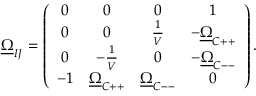
\underline { { { \Omega } } } _ { I J } = \left( \begin{array} { c c c c } { { 0 } } & { { 0 } } & { { 0 } } & { { 1 } } \\ { { 0 } } & { { 0 } } & { { \frac { 1 } { V } } } & { { - \underline { { { \Omega } } } _ { C + + } } } \\ { { 0 } } & { { - \frac { 1 } { V } } } & { { 0 } } & { { - \underline { { { \Omega } } } _ { C -- } } } \\ { { - 1 } } & { { \underline { { { \Omega } } } _ { C + + } } } & { { \underline { { { \Omega } } } _ { C -- } } } & { { 0 } } \end{array} \right) .